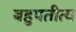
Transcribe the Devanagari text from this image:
बहुपतीत्व